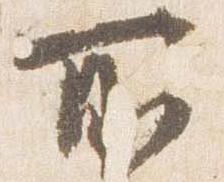
所